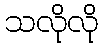
သလိုလို